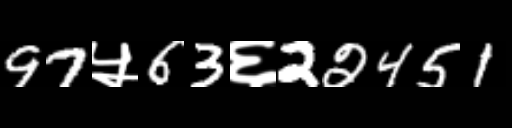
Text: 97५63६22451